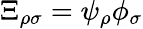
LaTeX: \Xi_{\rho\sigma}=\psi_{\rho}\phi_{\sigma}